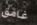
غامق